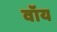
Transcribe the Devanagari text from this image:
वॉय